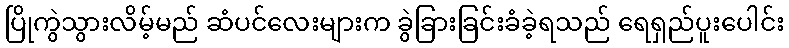
ပြိုကွဲသွားလိမ့်မည် ဆံပင်လေးများက ခွဲခြားခြင်းခံခဲ့ရသည် ရေရှည်ပူးပေါင်း